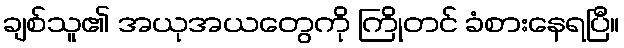
ချစ်သူ၏ အယုအယတွေကို ကြိုတင် ခံစားနေရပြီ။